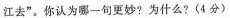
江去”。你认为哪一句更妙?为什么?(4分)